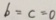
b = c = 0